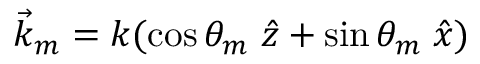
\vec { k } _ { m } = k ( \cos \theta _ { m } \; \hat { z } + \sin \theta _ { m } \; \hat { x } )